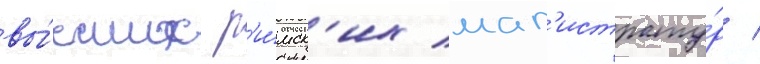
вы́сших р'и́мск'их маг'истрату́р /